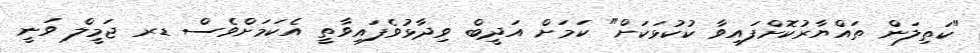
"ކަތިލަން ތައްޔާރުކޮށްފައިވާ ކުކުޅަކަށް" ކަމަށް އަދީބް ވިދާޅުވެފައިވާތީ އެކަމަށްވެސް ޑރ ޖަމީލް ވަނީ